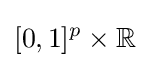
[0,1]^{p}\times \mathbb {R}